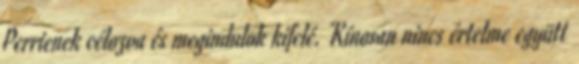
Perrienek célozva és megindulok kifelé. Kínosan nincs értelme együtt